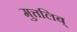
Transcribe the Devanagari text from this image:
मुत्तलिब्